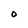
Character: O